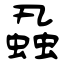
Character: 蝨